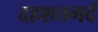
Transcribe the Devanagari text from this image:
दहशतगर्द